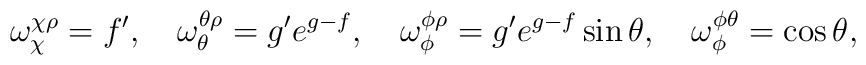
\omega_{\chi}^{\chi\rho}= f', \quad \omega_{\theta}^{\theta\rho}=g'e^{g-f}, \quad \omega_{\phi}^{\phi\rho}=g'e^{g-f}\sin{\theta},  \quad \omega_{\phi}^{\phi\theta}=\cos{\theta},